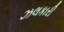
ઝલકારી